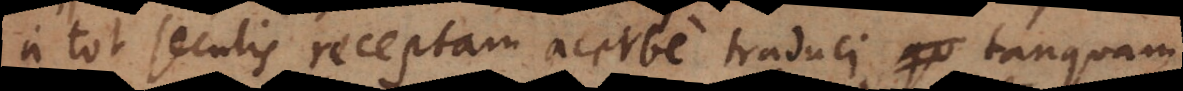
a tot seculis receptam acerbe traduci, tanquam